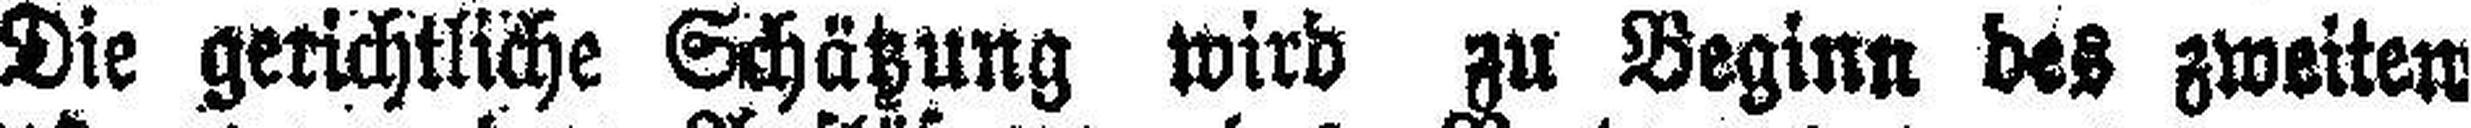
Die gerichtliche Schätzung wird zu Beginn des zweiten